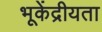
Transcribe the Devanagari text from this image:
भूकेंद्रीयता